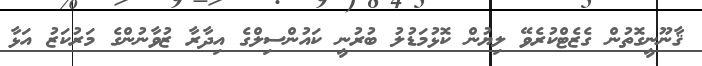
ޤާނޫނީގޮތުން ގެޒެޓްކުރެވޭ ލިޔުން ކޮޅުމަޑުލު ބުރުނީ ކައުންސިލްގެ އިދާރާ ޒުވާނުންގެ މަރުކަޒު އަޅާ